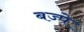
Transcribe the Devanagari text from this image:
बज्पे